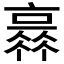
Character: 𠆏